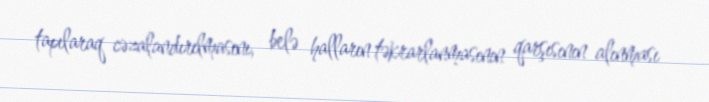
tapılaraq cəzalandırılmasını, belə halların təkrarlanmasının qarşısının alınması